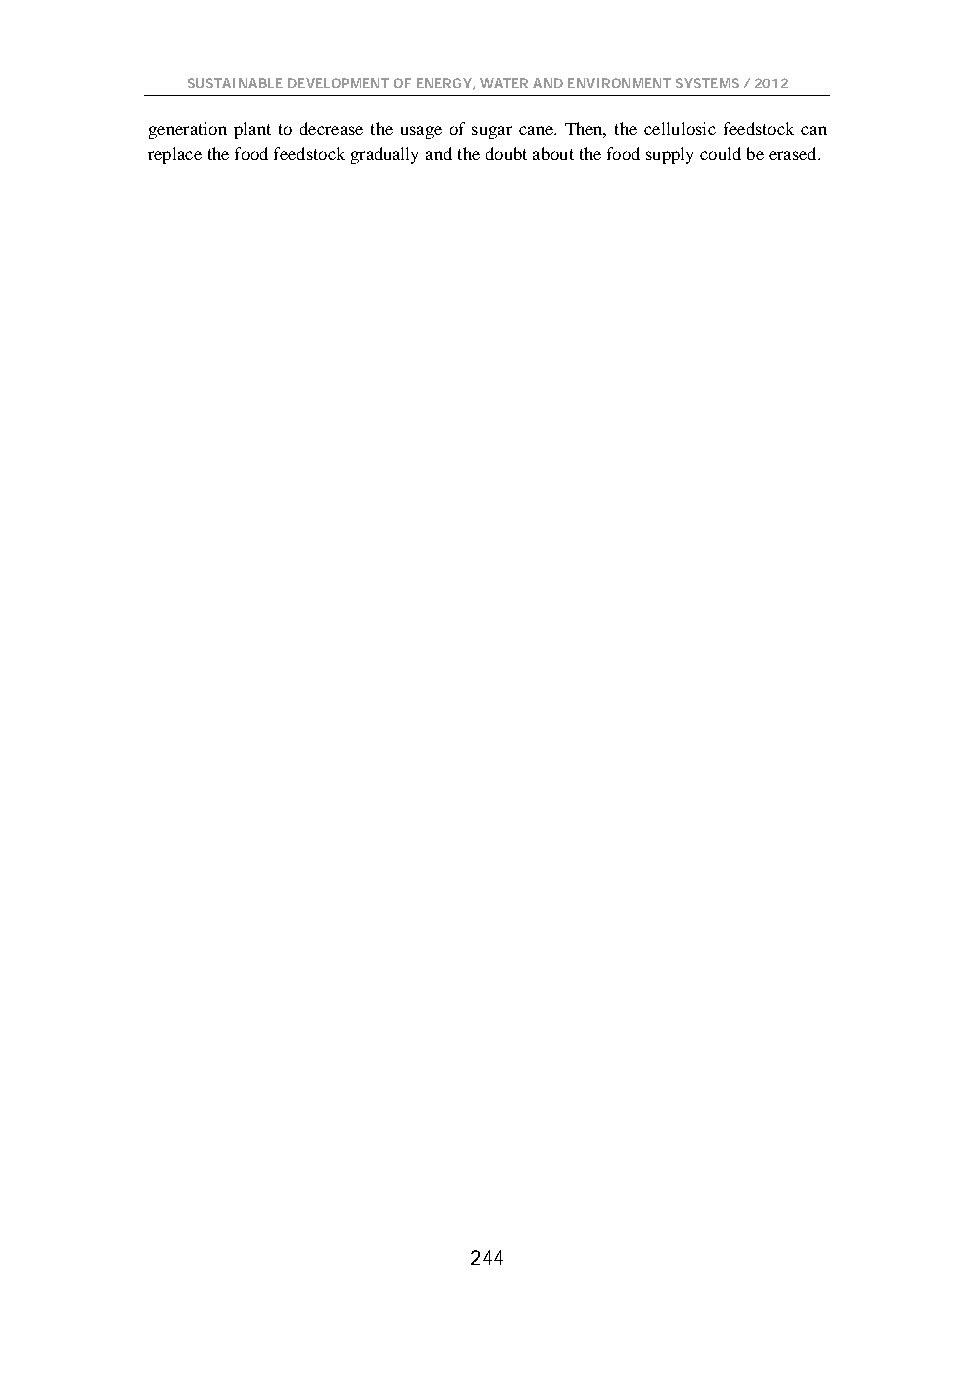
SUSTAINABLE DEVELOPMENT OF ENERGY, WATER AND ENVIRONMENT SYSTEMS / 2012
 generation plant to decrease the usage of sugar cane. Then, the cellulosic feedstock can
 replace the food feedstock gradually and the doubt about the food supply could be erased.
 244